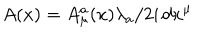
A ( x ) = A _ { \mu } ^ { a } ( x ) \lambda _ { a } / 2 i \, d x ^ { \mu }